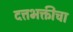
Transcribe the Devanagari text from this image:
दत्तभक्तीचा